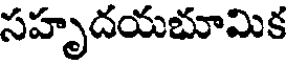
సహృదయభూమిక